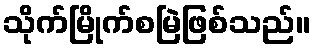
သိုက်မြိုက်စမြဲဖြစ်သည်။